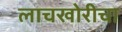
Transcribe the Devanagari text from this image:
लाचखोरीचा